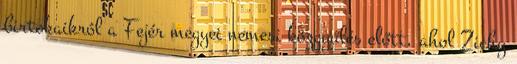
birtokaikról a Fejér megyei nemesi közgyűlés előtt, ahol Zichy